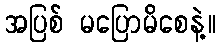
အပြစ် မပြောမိစေနဲ့။